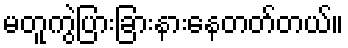
မတူကွဲပြားခြားနားနေတတ်တယ်။